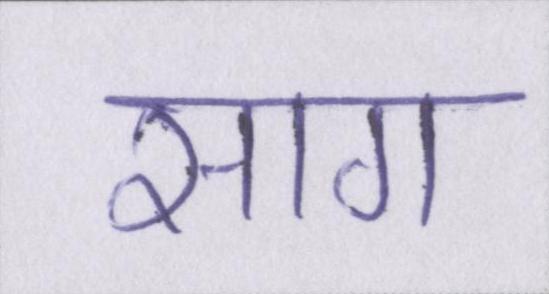
साग